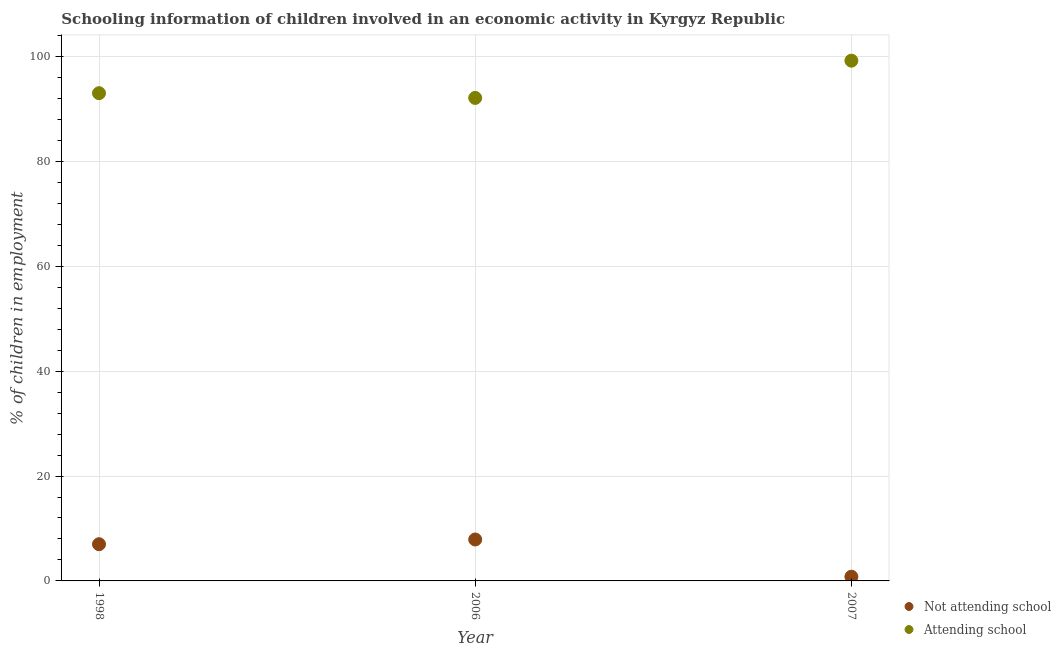
| Year | Not attending school | Attending school |
 | --- | --- | --- |
 | 1998 | 7 | 93 |
 | 2006 | 7.9 | 92.1 |
 | 2007 | 0.8 | 99.2 |